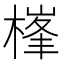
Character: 𣗏